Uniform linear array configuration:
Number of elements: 64
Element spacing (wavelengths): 0.25
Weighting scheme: binomial
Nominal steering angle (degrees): -30
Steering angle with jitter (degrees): -28.489
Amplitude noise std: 0.05
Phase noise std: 0.05

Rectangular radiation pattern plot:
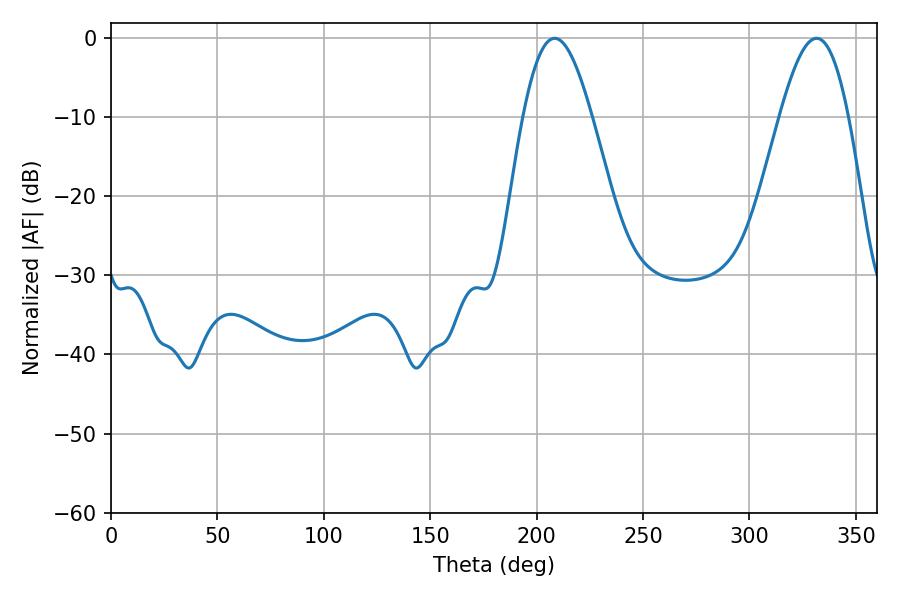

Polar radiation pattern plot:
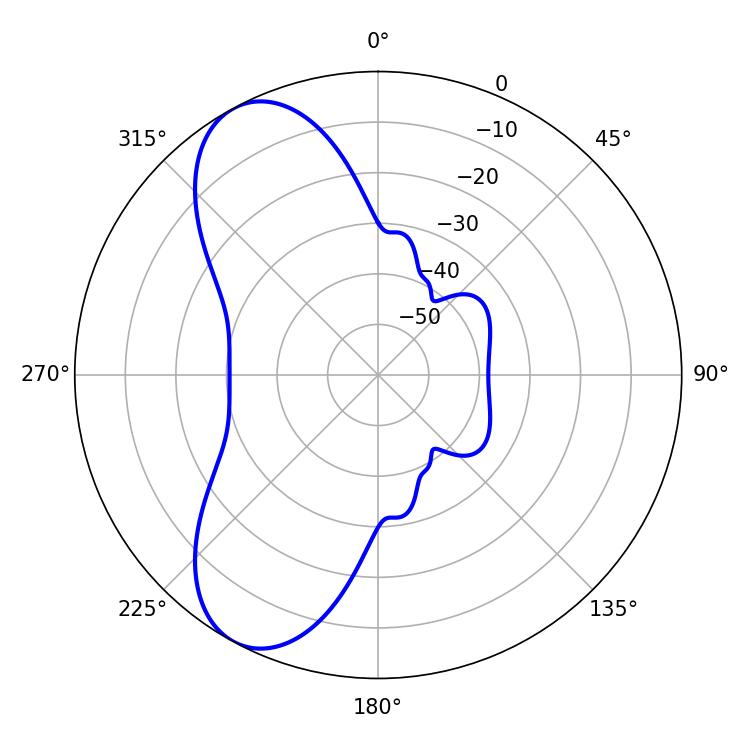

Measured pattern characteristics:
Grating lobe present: FALSE
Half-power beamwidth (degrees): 17.46
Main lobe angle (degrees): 208.44